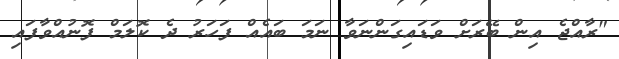
"ރާއްޖެ އިން ބޭރަށް ވަޑައިގަންނަވާ ނަމަ ބައެއް ފަހަރު ދެ ކޮލަމް ފޮނުއްވާފައި